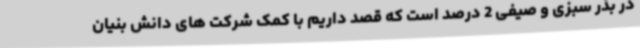
در بذر سبزی و صیفی 2 درصد است که قصد داریم با کمک شرکت های دانش بنیان